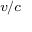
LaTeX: \scriptstyle { v / c }